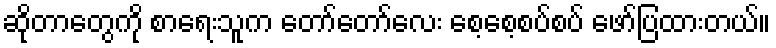
ဆိုတာတွေကို စာရေးသူက တော်တော်လေး စေ့စေ့စပ်စပ် ဖော်ပြထားတယ်။